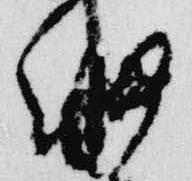
細